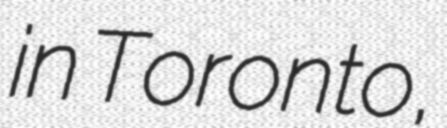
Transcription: in Toronto,